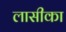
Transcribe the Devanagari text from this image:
लासीका